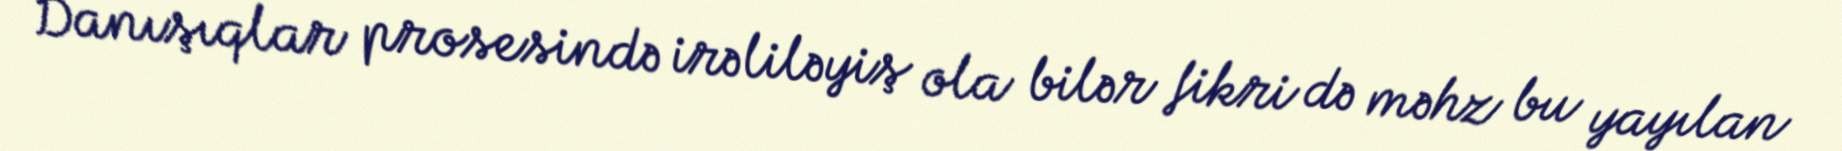
Danışıqlar prosesində irəliləyiş ola bilər fikri də məhz bu yayılan